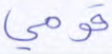
قومي